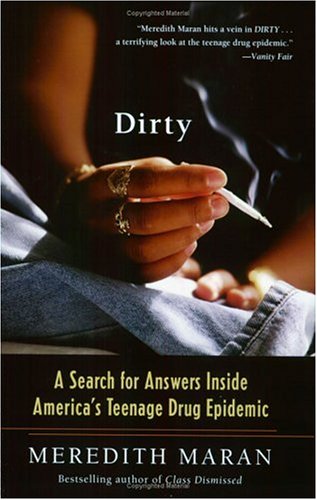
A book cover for Dirty: A Search for Answers Inside America's Teenage Drug Epidemic; Meredith Maran; Teen & Young Adult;